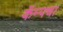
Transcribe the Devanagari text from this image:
कॅम्पचा